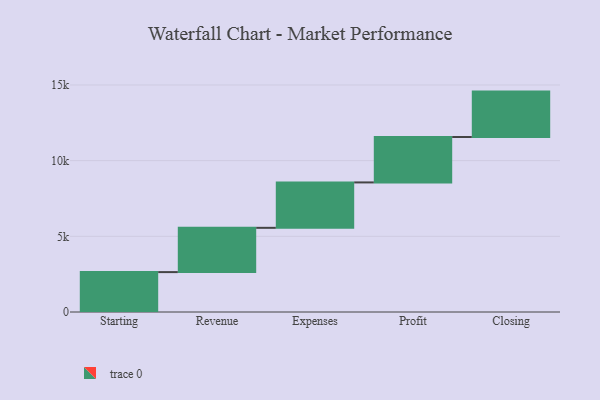
{"axis": {"x": "Step", "y": "Value"}, "legend": [""], "data": [{"x": "Starting", "y": 2636.0, "type": ""}, {"x": "Revenue", "y": 2925.0, "type": ""}, {"x": "Expenses", "y": 3000, "type": ""}, {"x": "Profit", "y": 3000, "type": ""}, {"x": "Closing", "y": 3000, "type": ""}]}